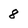
Character: 8